Leningradi_Edasi_toimetus, lk 137
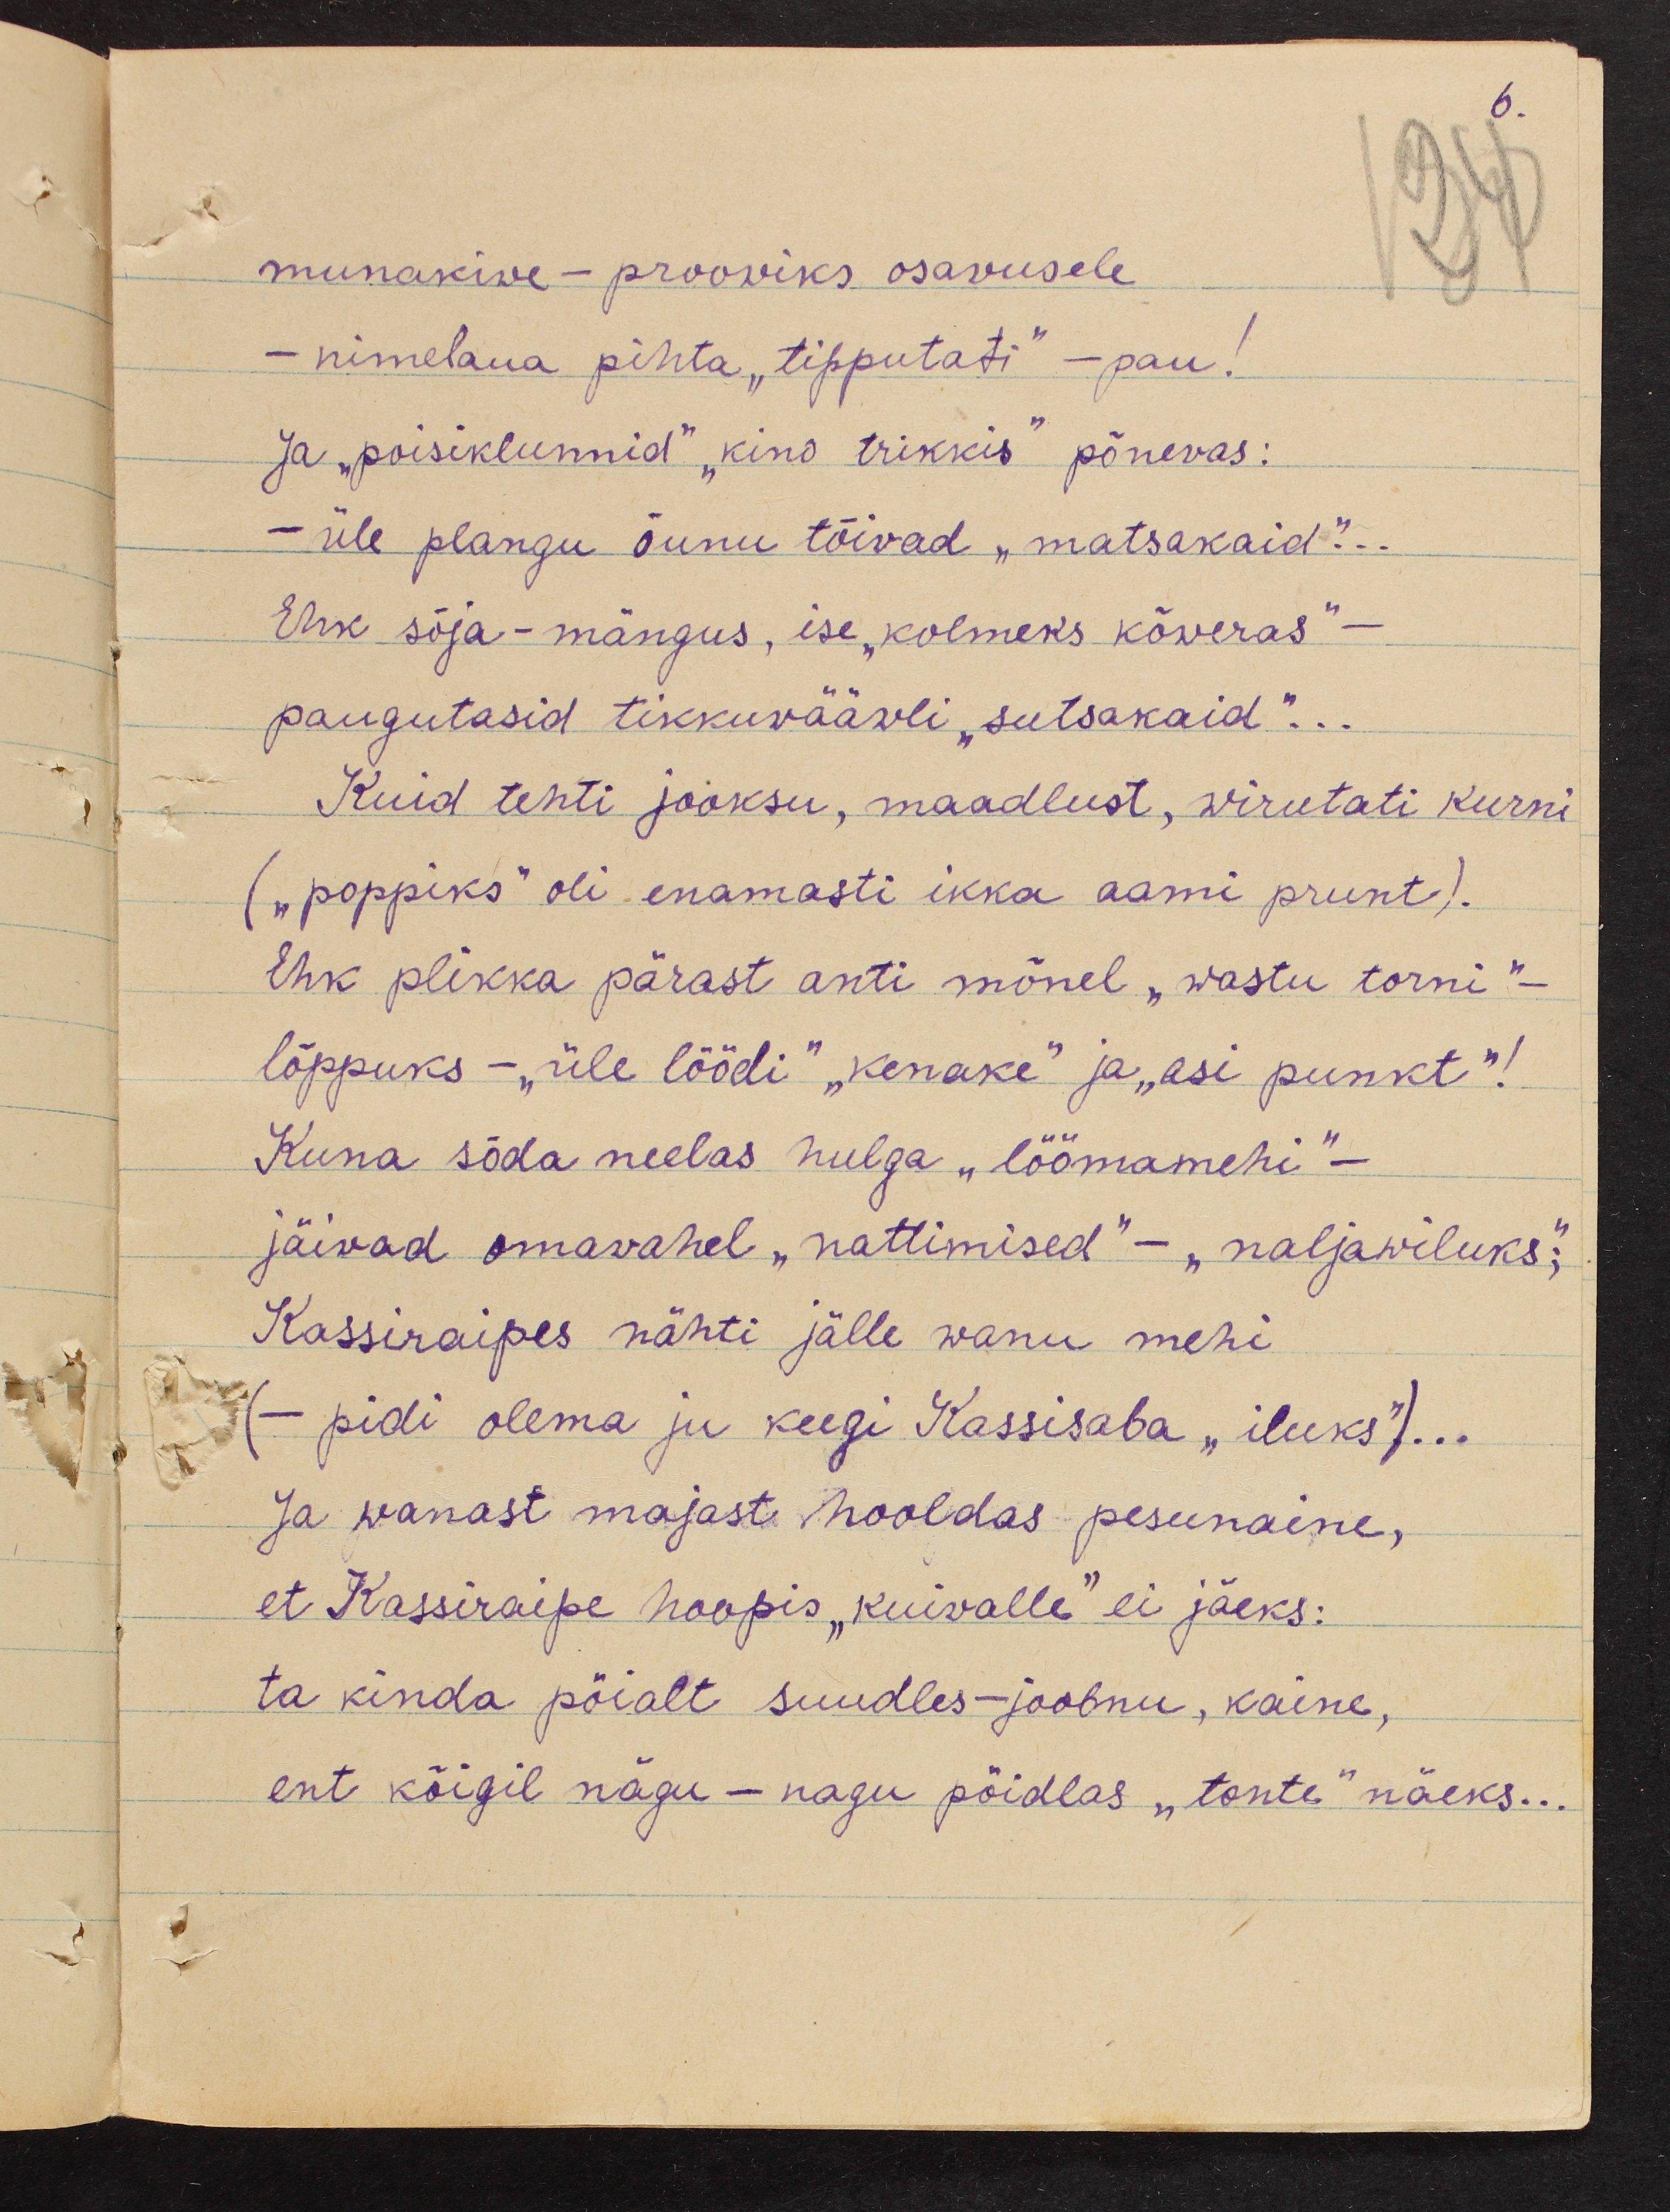
6.

munakive - prooviks osavusele
- nimelaua pihta "tipputati" - pau!
Ja "poisiklunnid" "kino trikkis" põnevas:
- üle plangu õunu tõivad "matsakaid"...
Ehk sõja- mängus, ise "kolmeks kõveras" -
paugutasid tikkuwääwli "sutsakaid"...
Kuid tehti jooksu, maadlust, wirutati kurni
(„poppiks" oli enamasti ikka aami prunt).
Ehk plikka pärast anti mõnel "wastu torni" -
lõppuks - "üle löödi" "kenake" ja "asi punkt"!
Kuna sõda neelas hulga "löömamehi" -
jäivad omavahel "nattimised" - "naljawiluks";
Kassiraipes nähti jälle wanu mehi
- pidi olema ju keegi Kassisaba "iluks")...
Ja wanast majast hooldas pesunaine,
et Kassiraipe hoopis "kuivalle" ei jäeks:
ta kinda pöialt suudles-joobnu, kaine,
ent kõigil nägu - nagu pöidlas "tonte" näeks...